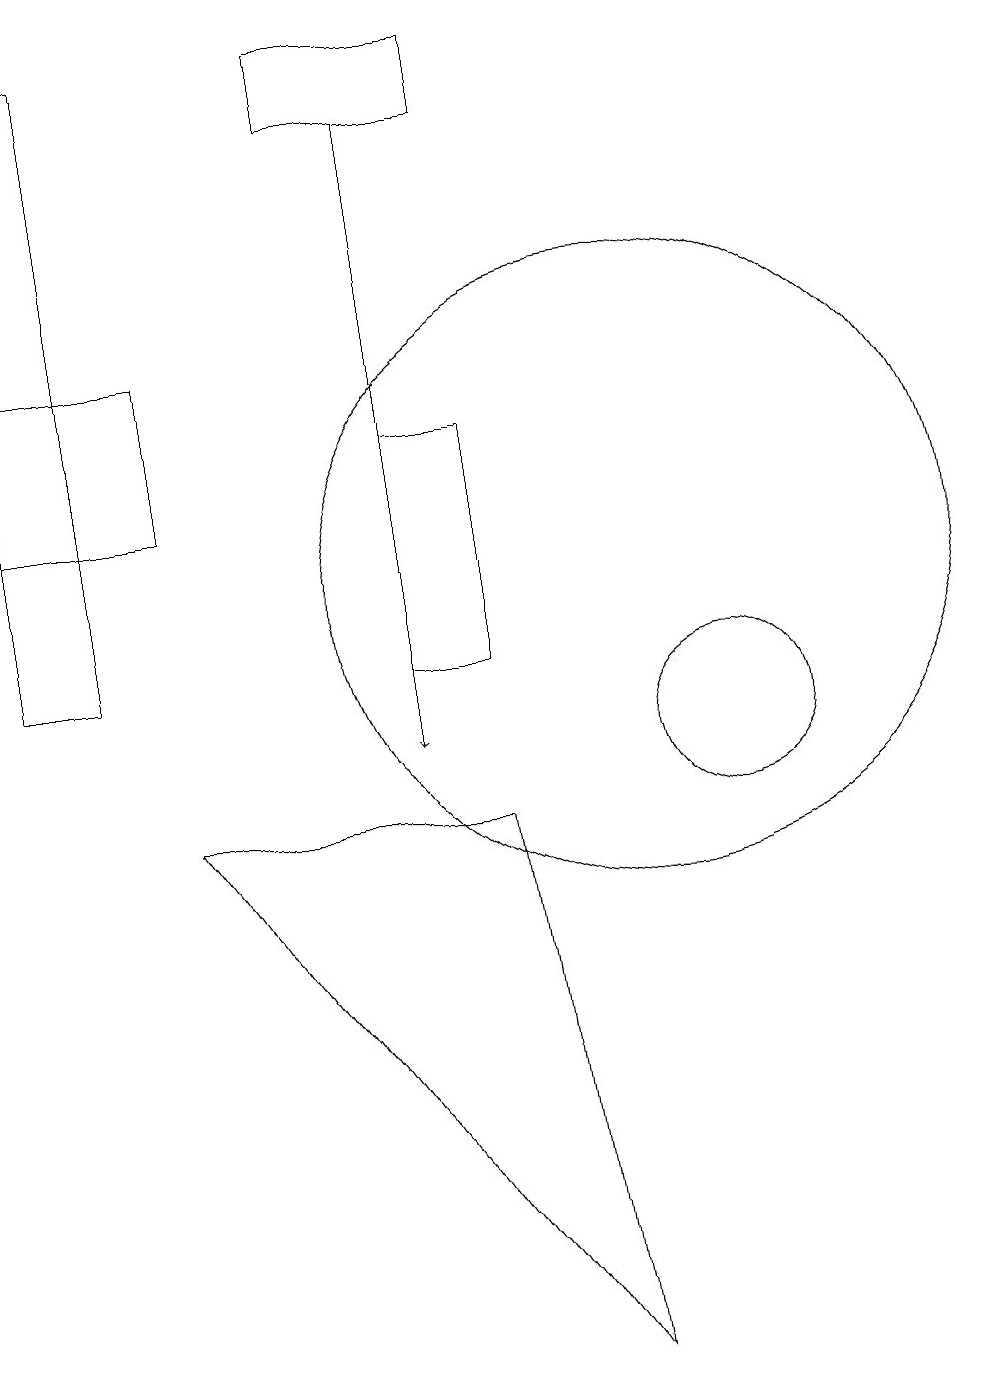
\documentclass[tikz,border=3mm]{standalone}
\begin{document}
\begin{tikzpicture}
\draw[->] (7,18) -- (7,10);
\draw (7,11) rectangle (8,14);
\draw (10,12) circle (4);
\draw (4,13) rectangle (2,15);
\draw (6,19) rectangle (8,18);
\draw (8,9) -- (9,2) -- (4,9) -- cycle;
\draw (3,11) rectangle (2,19);
\draw (11,10) circle (1);
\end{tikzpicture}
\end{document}